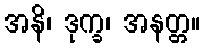
အနိ၊ ဒုက္ခ၊ အနတ္တ။